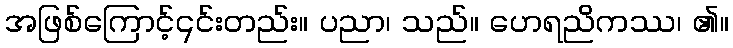
အဖြစ်ကြောင့်၎င်းတည်း။ ပညာ၊ သည်။ ဟေရညိကဿ၊ ၏။